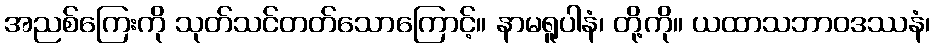
အညစ်ကြေးကို သုတ်သင်တတ်သောကြောင့်။ နာမရူပါနံ၊ တို့ကို။ ယထာသဘာဝဒဿနံ၊